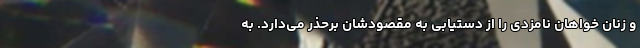
و زنان خواهانِ نامزدی را از دستیابی به مقصودشان برحذر می‌دارد. به